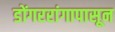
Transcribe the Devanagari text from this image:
डोंगररांगापासून